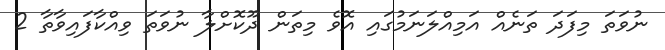
ނުވަތަ މިފަދަ ތަނެއް އަމިއްލަނަމުގައި އޮވެ މިތަން ދޫކޮށްލާ ނުވަތަ ވިއްކާފައިވާތާ 2